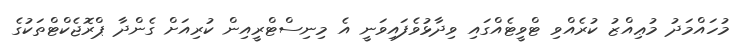
މުހައްމަދު މުޢިއްޒު ކުރެއްވި ޓްވީޓެއްގައި ވިދާޅުވެފައިވަނީ އެ މިނިސްޓްރީއިން ކުރިއަށް ގެންދާ ޕްރޮޖެކްޓްތަކުގެ